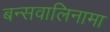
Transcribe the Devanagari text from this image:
बन्सवालिनामा